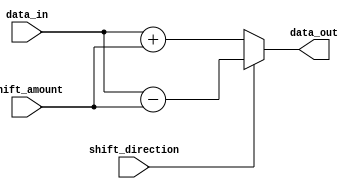
module HybridBarrelShifter (
    input wire [7:0] data_in,
    input wire [3:0] shift_amount,
    input wire shift_direction, // 0 for right shift, 1 for left shift
    output reg [7:0] data_out
);

// Arithmetic blocks
reg [7:0] temp_add, temp_sub;

always @* begin
    temp_add = data_in + shift_amount;
    temp_sub = data_in - shift_amount;
end

// Barrel shifter
always @* begin
    if (shift_direction == 0) begin
        data_out = temp_add;
    end else begin
        data_out = temp_sub;
    end
end

endmodule